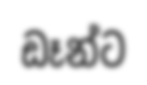
ඩෑන්ට